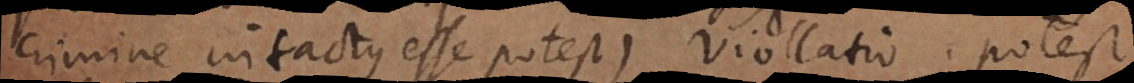
crimine intactus esse potest) violatio; potest